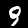
Digit: 9